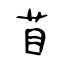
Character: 苜